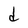
Character: d